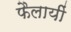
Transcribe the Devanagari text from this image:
फैलायीं